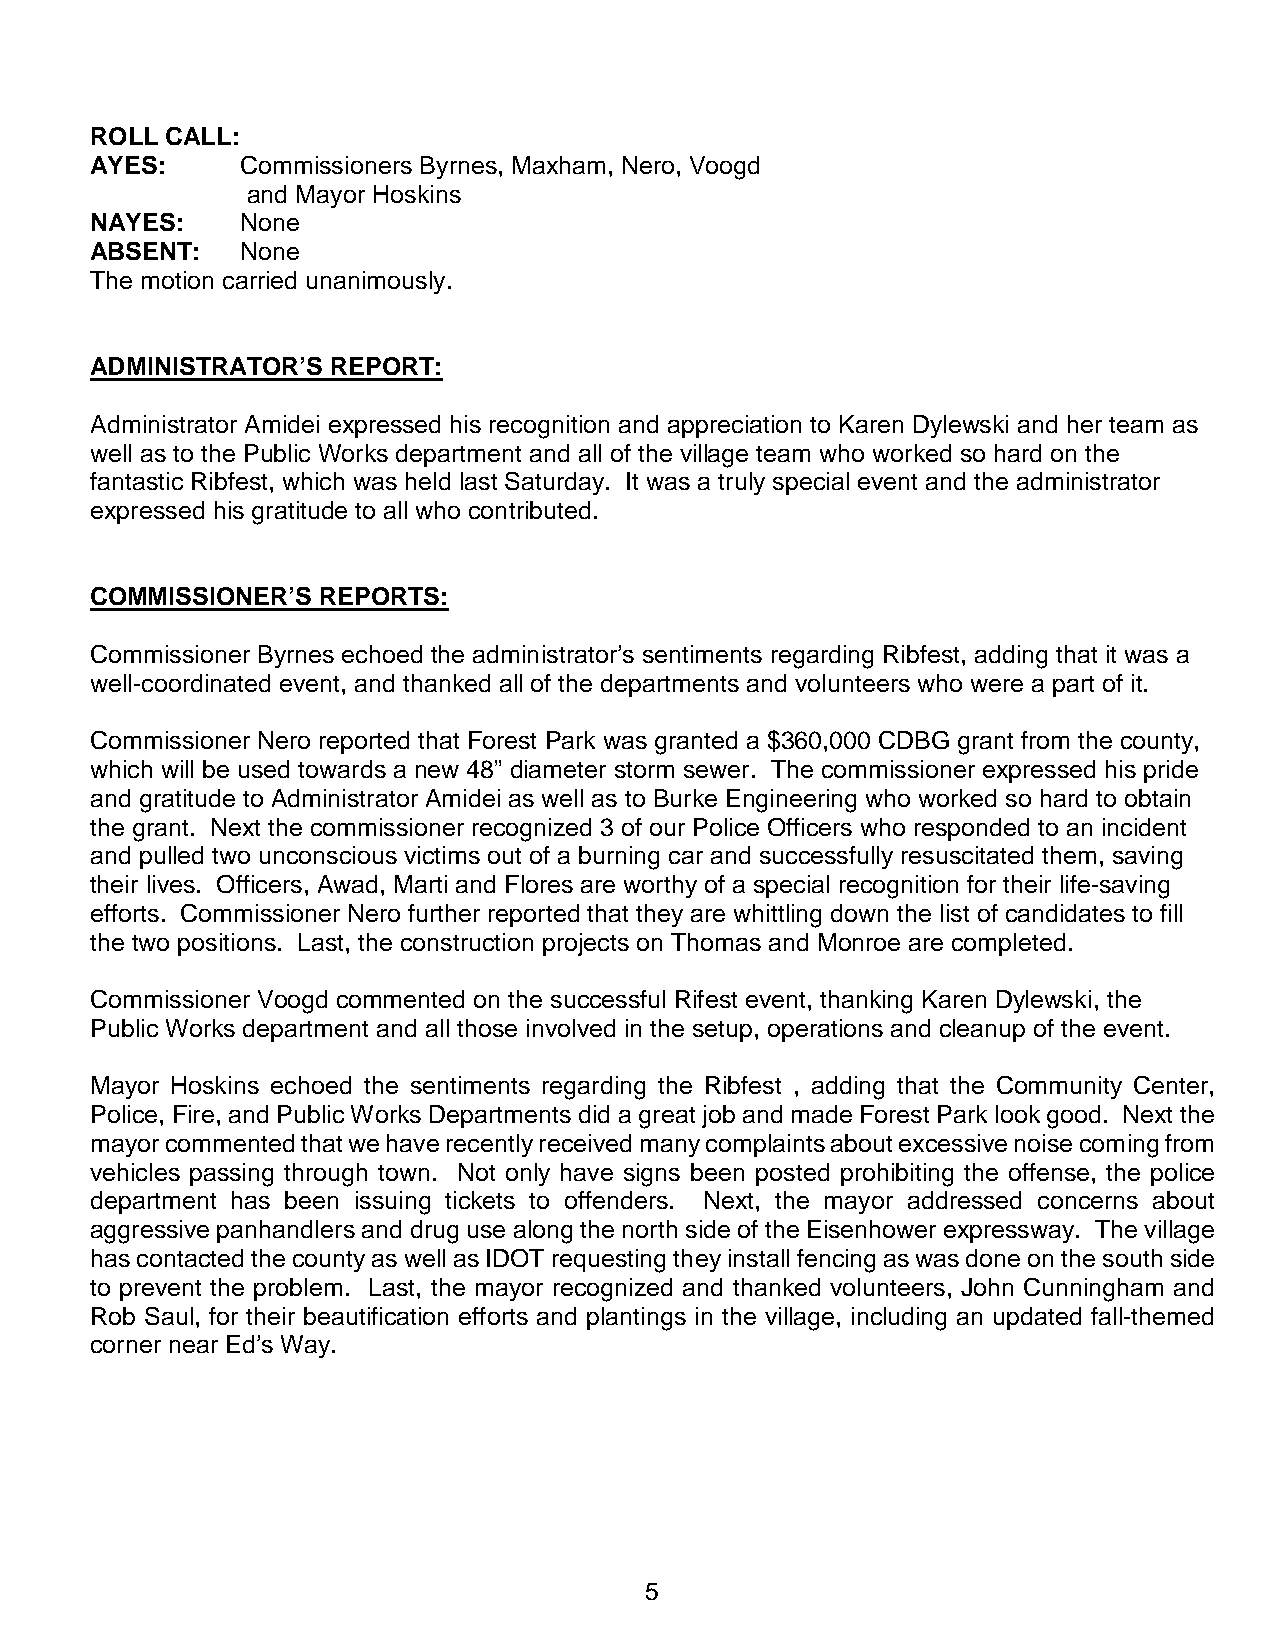
ROLL CALL:
 AYES:     Commissioners Byrnes, Maxham, Nero, Voogd
 and Mayor Hoskins
 NAYES:    None
 ABSENT:   None
 The motion carried unanimously.
 ADMINISTRATOR’S REPORT:
 Administrator Amidei expressed his recognition and appreciation to Karen Dylewski and her team as
 well as to the Public Works department and all of the village team who worked so hard on the
 fantastic Ribfest, which was held last Saturday. It was a truly special event and the administrator
 expressed his gratitude to all who contributed.
 COMMISSIONER’S REPORTS:
 Commissioner Byrnes echoed the administrator’s sentiments regarding Ribfest, adding that it was a
 well-coordinated event, and thanked all of the departments and volunteers who were a part of it.
 Commissioner Nero reported that Forest Park was granted a $360,000 CDBG grant from the county,
 which will be used towards a new 48” diameter storm sewer. The commissioner expressed his pride
 and gratitude to Administrator Amidei as well as to Burke Engineering who worked so hard to obtain
 the grant. Next the commissioner recognized 3 of our Police Officers who responded to an incident
 and pulled two unconscious victims out of a burning car and successfully resuscitated them, saving
 their lives. Officers, Awad, Marti and Flores are worthy of a special recognition for their life-saving
 efforts. Commissioner Nero further reported that they are whittling down the list of candidates to fill
 the two positions. Last, the construction projects on Thomas and Monroe are completed.
 Commissioner Voogd commented on the successful Rifest event, thanking Karen Dylewski, the
 Public Works department and all those involved in the setup, operations and cleanup of the event.
 Mayor Hoskins echoed the sentiments regarding the Ribfest , adding that the Community Center,
 Police, Fire, and Public Works Departments did a great job and made Forest Park look good. Next the
 mayor commented that we have recently received many complaints about excessive noise coming from
 vehicles passing through town. Not only have signs been posted prohibiting the offense, the police
 department has been issuing tickets to offenders. Next, the mayor addressed concerns about
 aggressive panhandlers and drug use along the north side of the Eisenhower expressway. The village
 has contacted the county as well as IDOT requesting they install fencing as was done on the south side
 to prevent the problem. Last, the mayor recognized and thanked volunteers, John Cunningham and
 Rob Saul, for their beautification efforts and plantings in the village, including an updated fall-themed
 corner near Ed’s Way.
 5